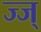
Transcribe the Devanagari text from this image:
ज्ज्